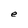
Character: e